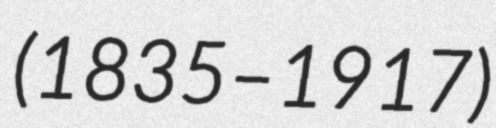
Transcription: (1835–1917)